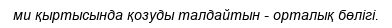
ми қыртысында қозуды талдайтын - орталық бөлігі.